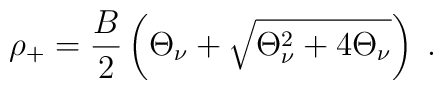
\rho _{+}=\frac{B}{2}\left( \Theta _{\nu }+\sqrt{\Theta _{\nu }^{2}+4\Theta _{\nu }}\right) \;.